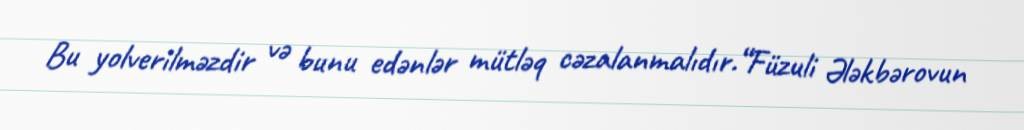
Bu yolverilməzdir və bunu edənlər mütləq cəzalanmalıdır.“Füzuli Ələkbərovun